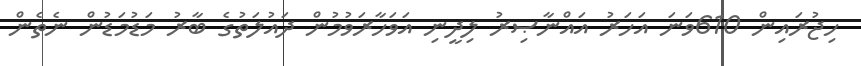
ހިޖުރައިން 610ވަނަ އަހަރު އައްނާޞިރު ލިދީނި އަވަހާރަވުމުން ދައުލަތުގެ ބާރު މަޑުމަޑުން ނެތެން